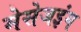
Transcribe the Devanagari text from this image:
मेसेजइंग